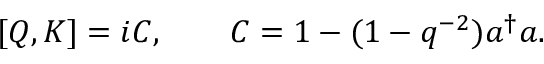
[ Q , K ] = i C , \qquad C = 1 - ( 1 - q ^ { - 2 } ) a ^ { \dagger } a .